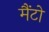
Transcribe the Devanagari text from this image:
मैंटो